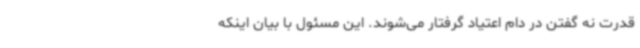
قدرت نه گفتن در دام اعتیاد گرفتار می‌شوند. این مسئول با بیان اینکه